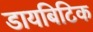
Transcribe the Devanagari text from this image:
डायबिटिक